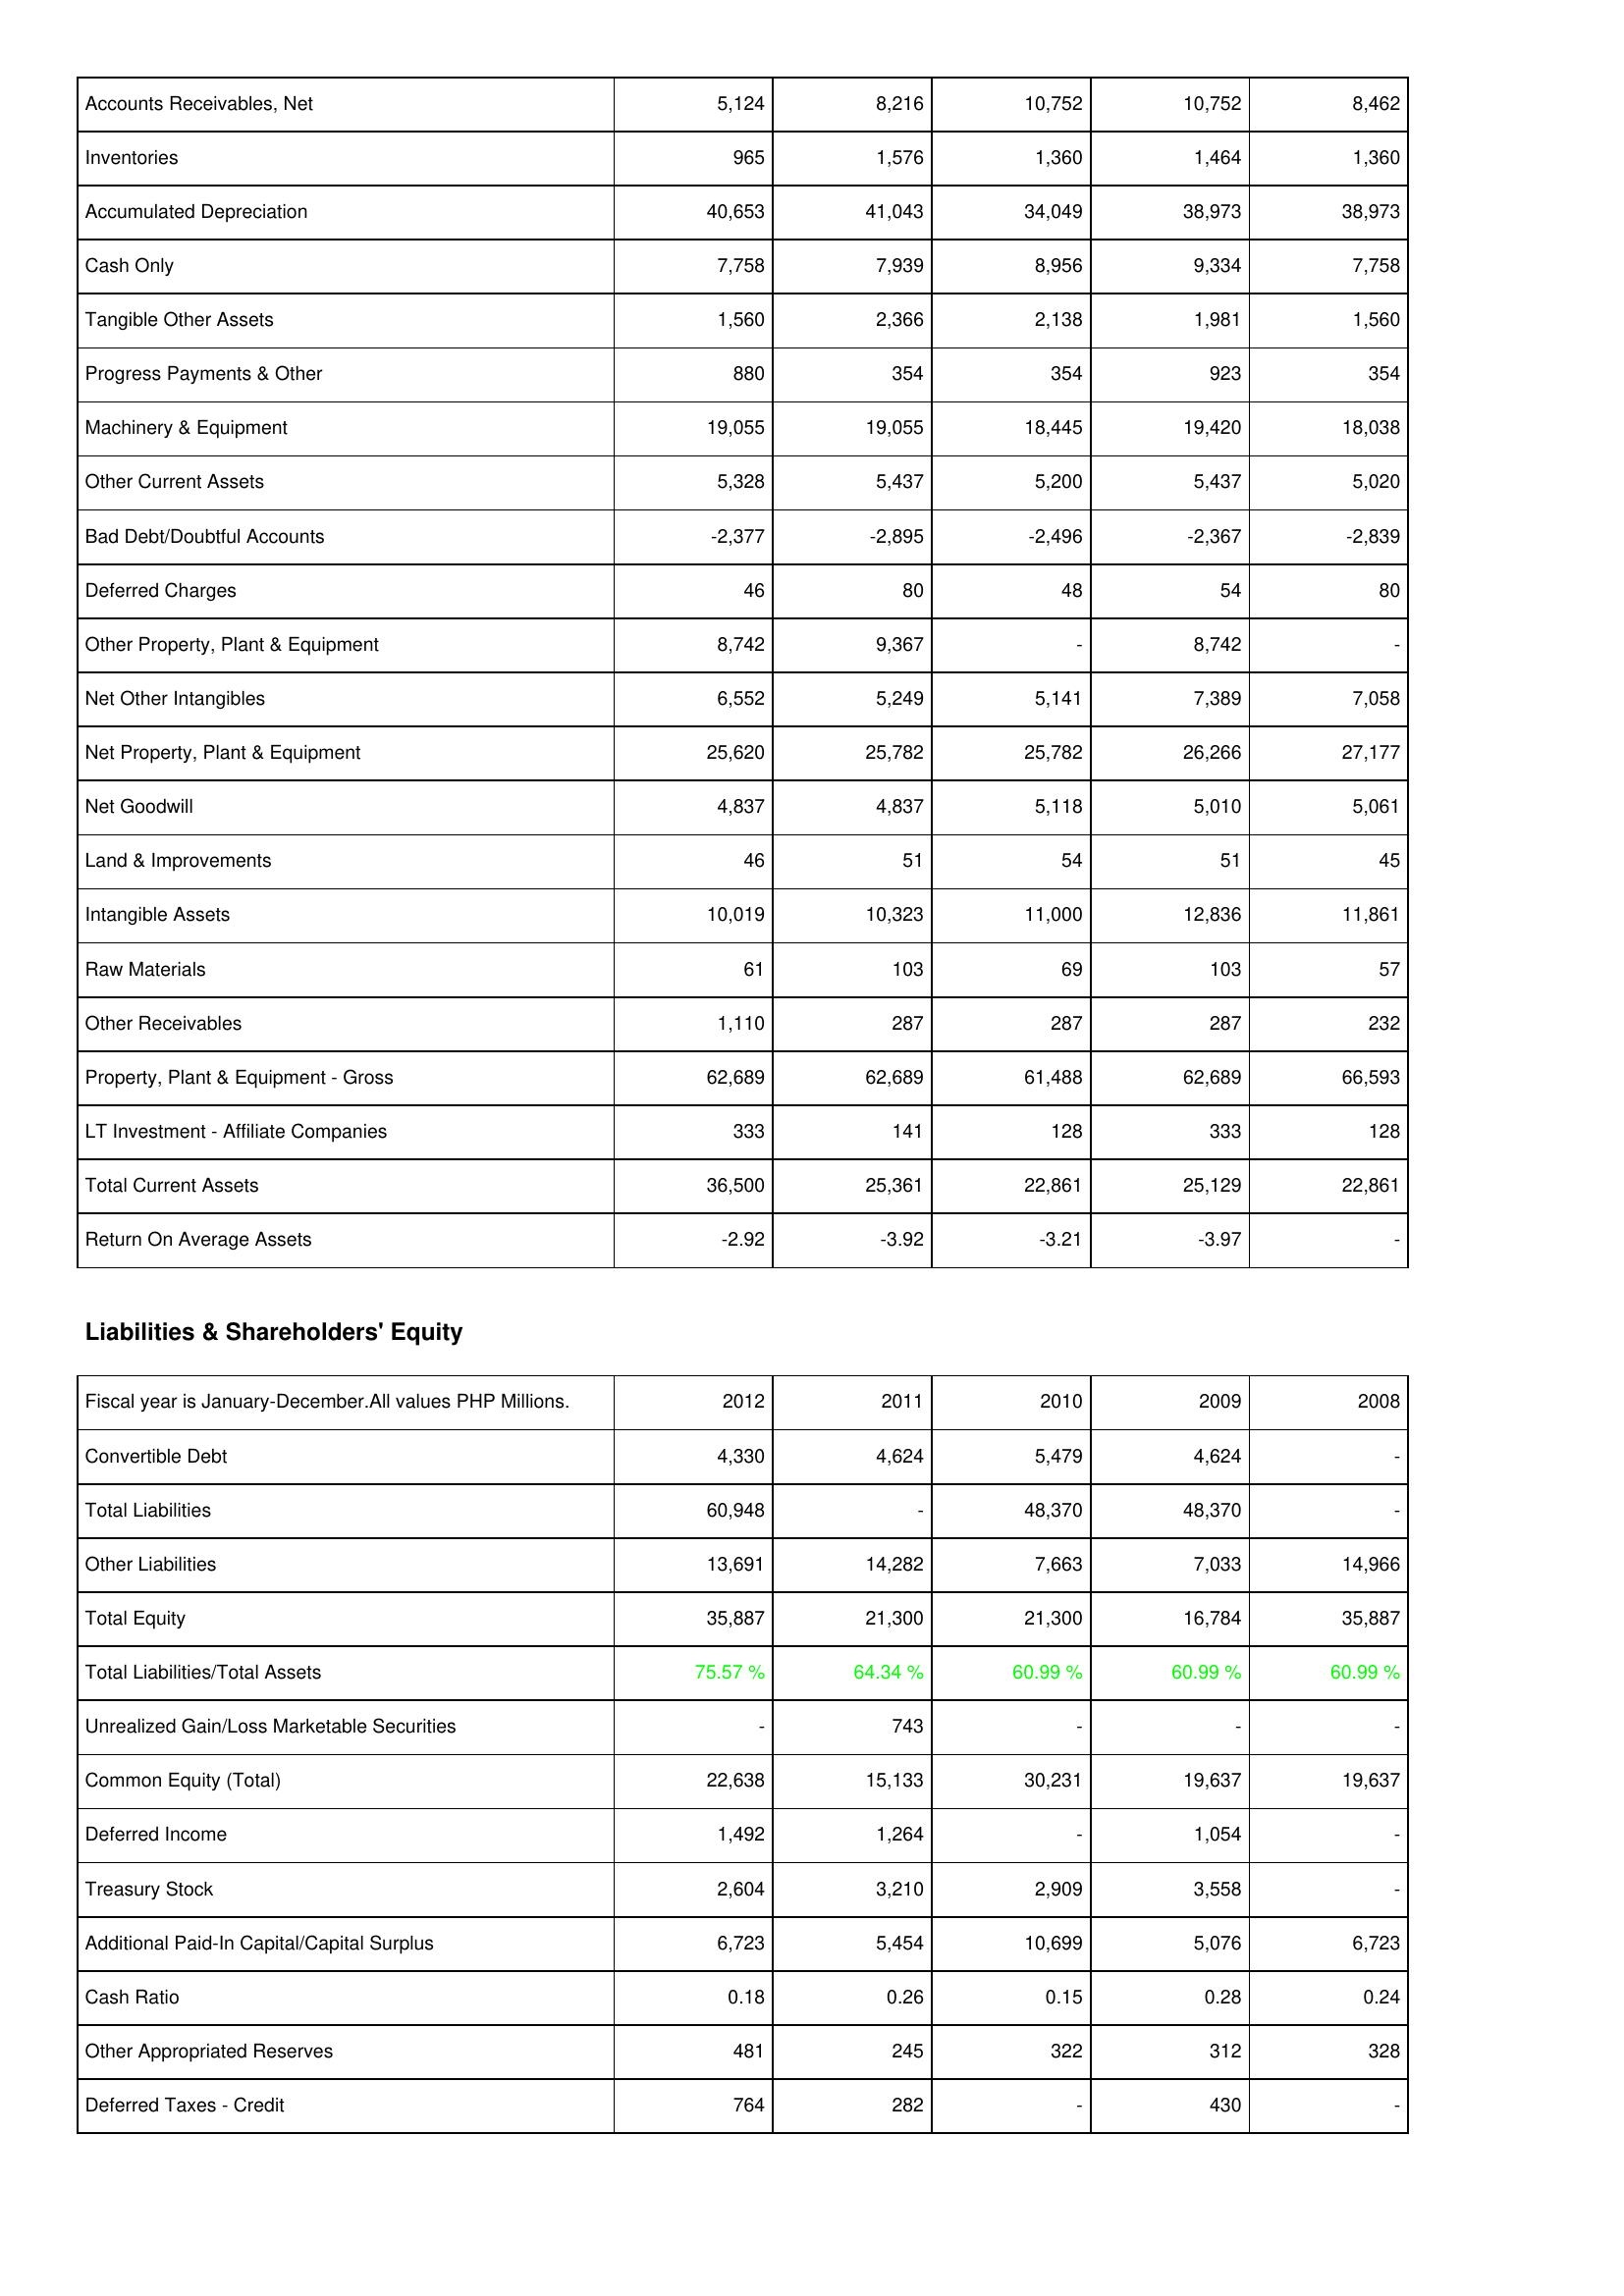
2012: Assets: Accounts Receivables, Net: 5,124
Inventories: 965
Accumulated Depreciation: 40,653
Cash Only: 7,758
Tangible Other Assets: 1,560
Progress Payments & Other: 880
Machinery & Equipment: 19,055
Other Current Assets: 5,328
Bad Debt/Doubtful Accounts: -2,377
Deferred Charges: 46
Other Property, Plant & Equipment: 8,742
Net Other Intangibles: 6,552
Net Property, Plant & Equipment: 25,620
Net Goodwill: 4,837
Land & Improvements: 46
Intangible Assets: 10,019
Raw Materials: 61
Other Receivables: 1,110
Property, Plant & Equipment - Gross: 62,689
LT Investment - Affiliate Companies: 333
Total Current Assets: 36,500
Return On Average Assets: -2.92
Liabilities & Shareholders' Equity: Convertible Debt: 4,330
Total Liabilities: 60,948
Other Liabilities: 13,691
Total Equity: 35,887
Total Liabilities/Total Assets: 75.57 %
Unrealized Gain/Loss Marketable Securities: -
Common Equity (Total): 22,638
Deferred Income: 1,492
Treasury Stock: 2,604
Additional Paid-In Capital/Capital Surplus: 6,723
Cash Ratio: 0.18
Other Appropriated Reserves: 481
Deferred Taxes - Credit: 764
2011: Assets: Accounts Receivables, Net: 8,216
Inventories: 1,576
Accumulated Depreciation: 41,043
Cash Only: 7,939
Tangible Other Assets: 2,366
Progress Payments & Other: 354
Machinery & Equipment: 19,055
Other Current Assets: 5,437
Bad Debt/Doubtful Accounts: -2,895
Deferred Charges: 80
Other Property, Plant & Equipment: 9,367
Net Other Intangibles: 5,249
Net Property, Plant & Equipment: 25,782
Net Goodwill: 4,837
Land & Improvements: 51
Intangible Assets: 10,323
Raw Materials: 103
Other Receivables: 287
Property, Plant & Equipment - Gross: 62,689
LT Investment - Affiliate Companies: 141
Total Current Assets: 25,361
Return On Average Assets: -3.92
Liabilities & Shareholders' Equity: Convertible Debt: 4,624
Total Liabilities: -
Other Liabilities: 14,282
Total Equity: 21,300
Total Liabilities/Total Assets: 64.34 %
Unrealized Gain/Loss Marketable Securities: 743
Common Equity (Total): 15,133
Deferred Income: 1,264
Treasury Stock: 3,210
Additional Paid-In Capital/Capital Surplus: 5,454
Cash Ratio: 0.26
Other Appropriated Reserves: 245
Deferred Taxes - Credit: 282
2010: Assets: Accounts Receivables, Net: 10,752
Inventories: 1,360
Accumulated Depreciation: 34,049
Cash Only: 8,956
Tangible Other Assets: 2,138
Progress Payments & Other: 354
Machinery & Equipment: 18,445
Other Current Assets: 5,200
Bad Debt/Doubtful Accounts: -2,496
Deferred Charges: 48
Other Property, Plant & Equipment: -
Net Other Intangibles: 5,141
Net Property, Plant & Equipment: 25,782
Net Goodwill: 5,118
Land & Improvements: 54
Intangible Assets: 11,000
Raw Materials: 69
Other Receivables: 287
Property, Plant & Equipment - Gross: 61,488
LT Investment - Affiliate Companies: 128
Total Current Assets: 22,861
Return On Average Assets: -3.21
Liabilities & Shareholders' Equity: Convertible Debt: 5,479
Total Liabilities: 48,370
Other Liabilities: 7,663
Total Equity: 21,300
Total Liabilities/Total Assets: 60.99 %
Unrealized Gain/Loss Marketable Securities: -
Common Equity (Total): 30,231
Deferred Income: -
Treasury Stock: 2,909
Additional Paid-In Capital/Capital Surplus: 10,699
Cash Ratio: 0.15
Other Appropriated Reserves: 322
Deferred Taxes - Credit: -
2009: Assets: Accounts Receivables, Net: 10,752
Inventories: 1,464
Accumulated Depreciation: 38,973
Cash Only: 9,334
Tangible Other Assets: 1,981
Progress Payments & Other: 923
Machinery & Equipment: 19,420
Other Current Assets: 5,437
Bad Debt/Doubtful Accounts: -2,367
Deferred Charges: 54
Other Property, Plant & Equipment: 8,742
Net Other Intangibles: 7,389
Net Property, Plant & Equipment: 26,266
Net Goodwill: 5,010
Land & Improvements: 51
Intangible Assets: 12,836
Raw Materials: 103
Other Receivables: 287
Property, Plant & Equipment - Gross: 62,689
LT Investment - Affiliate Companies: 333
Total Current Assets: 25,129
Return On Average Assets: -3.97
Liabilities & Shareholders' Equity: Convertible Debt: 4,624
Total Liabilities: 48,370
Other Liabilities: 7,033
Total Equity: 16,784
Total Liabilities/Total Assets: 60.99 %
Unrealized Gain/Loss Marketable Securities: -
Common Equity (Total): 19,637
Deferred Income: 1,054
Treasury Stock: 3,558
Additional Paid-In Capital/Capital Surplus: 5,076
Cash Ratio: 0.28
Other Appropriated Reserves: 312
Deferred Taxes - Credit: 430
2008: Assets: Accounts Receivables, Net: 8,462
Inventories: 1,360
Accumulated Depreciation: 38,973
Cash Only: 7,758
Tangible Other Assets: 1,560
Progress Payments & Other: 354
Machinery & Equipment: 18,038
Other Current Assets: 5,020
Bad Debt/Doubtful Accounts: -2,839
Deferred Charges: 80
Other Property, Plant & Equipment: -
Net Other Intangibles: 7,058
Net Property, Plant & Equipment: 27,177
Net Goodwill: 5,061
Land & Improvements: 45
Intangible Assets: 11,861
Raw Materials: 57
Other Receivables: 232
Property, Plant & Equipment - Gross: 66,593
LT Investment - Affiliate Companies: 128
Total Current Assets: 22,861
Return On Average Assets: -
Liabilities & Shareholders' Equity: Convertible Debt: -
Total Liabilities: -
Other Liabilities: 14,966
Total Equity: 35,887
Total Liabilities/Total Assets: 60.99 %
Unrealized Gain/Loss Marketable Securities: -
Common Equity (Total): 19,637
Deferred Income: -
Treasury Stock: -
Additional Paid-In Capital/Capital Surplus: 6,723
Cash Ratio: 0.24
Other Appropriated Reserves: 328
Deferred Taxes - Credit: -